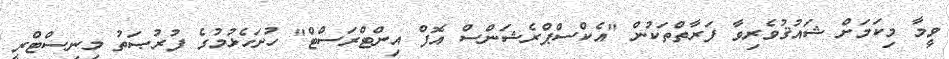
ވީމާ މިކަމަށް ޝައުޤުވެރިވާ ފަރާތްތަކުން "އެކްސްޕްރެޝަންސް އޮފް އިންޓްރަސްޓް" ހުށަހެޅުމުގެ ފުރުޞަތު މިނިސްޓްރީ